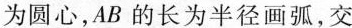
为圆心，AB的长为半径画弧，交